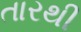
તારથી